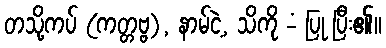
တသို့ကပ် (ကတ္တဗ္ဗ), နာမ်ငဲ့, သိကို -ံ ပြု ပြီး၏။